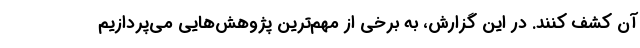
آن کشف کنند. در این گزارش، به برخی از مهم‌ترین پژوهش‌هایی می‌پردازیم